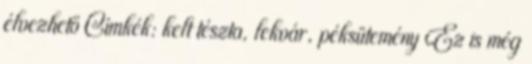
élvezhető Címkék: kelt tészta, lekvár, péksütemény Ez is még